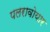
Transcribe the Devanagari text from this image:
पलरावोयार